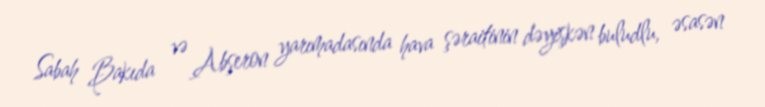
Sabah Bakıda və Abşeron yarımadasında hava şəraitinin dəyişkən buludlu, əsasən